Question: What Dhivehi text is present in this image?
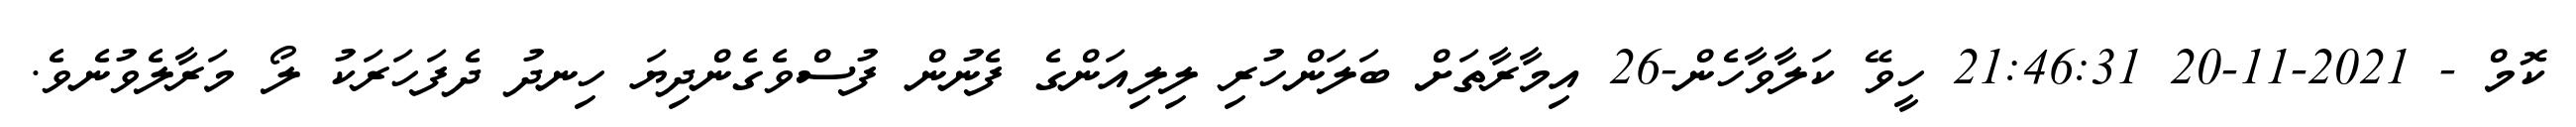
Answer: ކޮމް - 2021-11-20 21:46:31 ހީވޭ ކަލާވާހެން-26 އިމާރާތަށް ބަލަންހުރި ލިލިއަންގެ ފެނުން ފުސްވެގެންދިޔަ ހިނދު ދެފަހަރަކު ލޯ މަރާލެވުނެވެ.